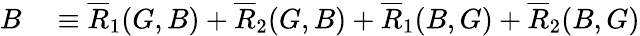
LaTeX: \begin{array}{rl}{B}&{{}\equiv\overline{{R}}_{1}(G,B)+\overline{{R}}_{2}(G,B)+\overline{{R}}_{1}(B,G)+\overline{{R}}_{2}(B,G)}\end{array}